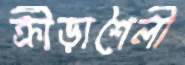
ক্রীড়াশৈলী